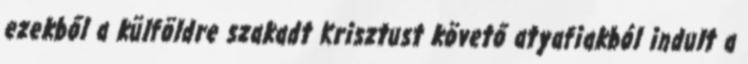
ezekből a külföldre szakadt Krisztust követő atyafiakból indult a